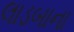
લાડબાના